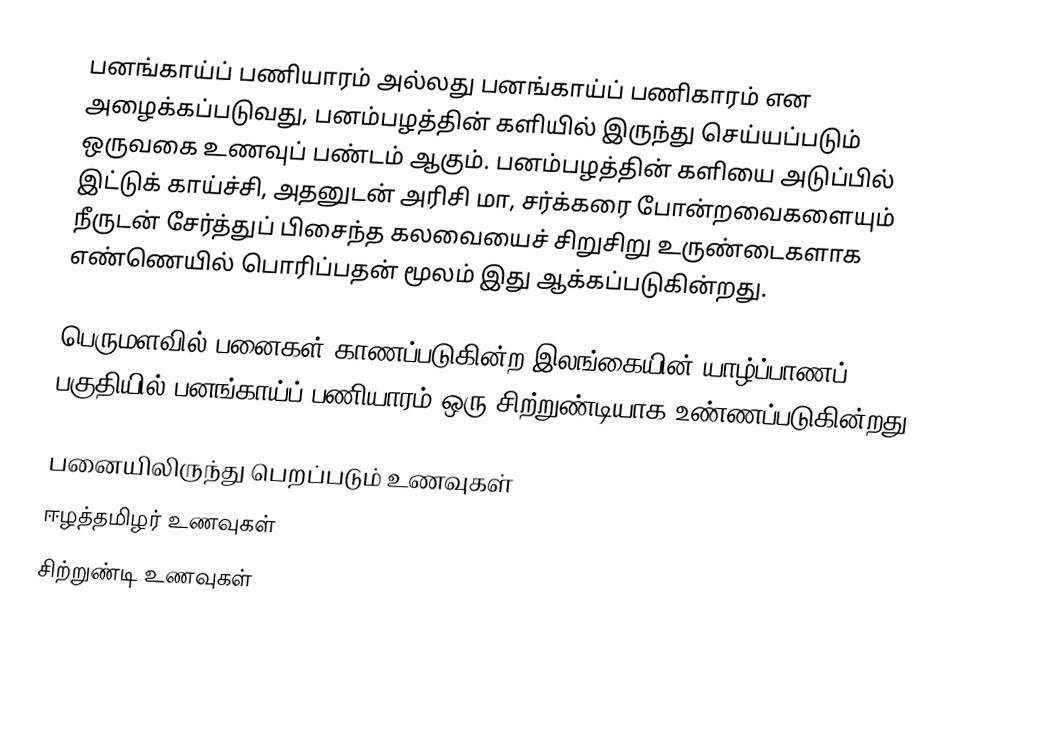
பனங்காய்ப் பணியாரம் அல்லது பனங்காய்ப் பணிகாரம் என அழைக்கப்படுவது, பனம்பழத்தின் களியில் இருந்து செய்யப்படும் ஒருவகை உணவுப் பண்டம் ஆகும். பனம்பழத்தின் களியை அடுப்பில் இட்டுக் காய்ச்சி, அதனுடன் அரிசி மா, சர்க்கரை போன்றவைகளையும் நீருடன் சேர்த்துப் பிசைந்த கலவையைச் சிறுசிறு உருண்டைகளாக எண்ணெயில் பொரிப்பதன் மூலம் இது ஆக்கப்படுகின்றது.

பெருமளவில் பனைகள் காணப்படுகின்ற இலங்கையின் யாழ்ப்பாணப் பகுதியில் பனங்காய்ப் பணியாரம் ஒரு சிற்றுண்டியாக உண்ணப்படுகின்றது.

பனையிலிருந்து பெறப்படும் உணவுகள்
ஈழத்தமிழர் உணவுகள்
சிற்றுண்டி உணவுகள்